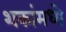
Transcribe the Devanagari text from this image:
शकांमध्ये